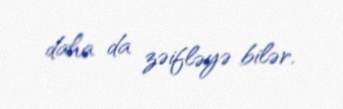
daha da zəifləyə bilər.